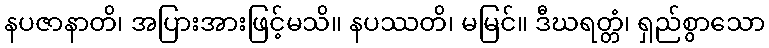
နပဇာနာတိ၊ အပြားအားဖြင့်မသိ။ နပဿတိ၊ မမြင်။ ဒီဃရတ္တံ၊ ရှည်စွာသော